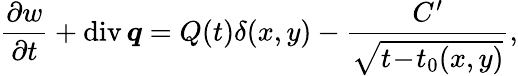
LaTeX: \frac{\partial w}{\partial t}+\mathrm{div}\, \boldsymbol{q}=Q(t)\delta(x,y)-\frac{C^{\prime}}{\sqrt{t\! -\! t_{0}(x,y)}},